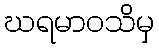
ဃရမာဝသိမှ